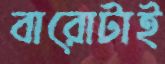
বারোটাই